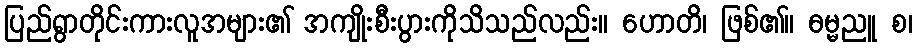
ပြည်ရွာတိုင်းကားလူအများ၏ အကျိုးစီးပွားကိုသိသည်လည်း။ ဟောတိ၊ ဖြစ်၏။ ဓမ္မညူ စ၊